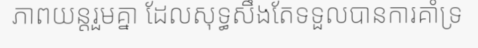
ភាពយន្តរួមគ្នា ដែលសុទ្ធសឹងតែទទួលបានការគាំទ្រ